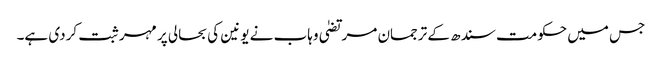
جس میں حکومت سندھ کے ترجمان مرتضیٰ وہاب نے یونین کی بحالی پر مہر ثبت کردی ہے۔